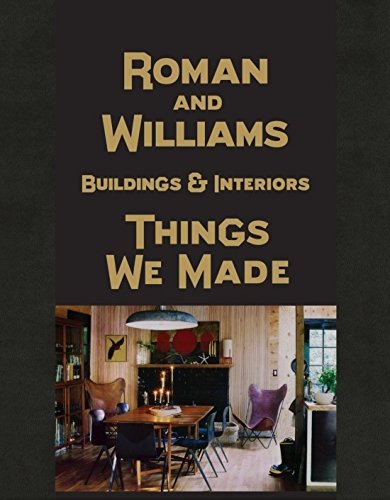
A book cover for Roman and Williams Buildings and Interiors: Things We Made; Stephen Alesch; Arts & Photography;